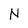
Character: N